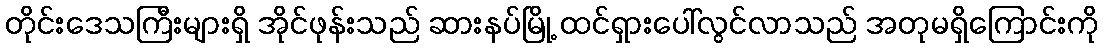
တိုင်းဒေသကြီးများရှိ အိုင်ဖုန်းသည် ဆားနပ်မြို့ ထင်ရှားပေါ်လွင်လာသည် အတုမရှိကြောင်းကို